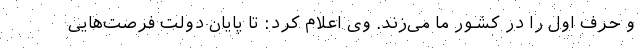
و حرف اول را در کشور ما می‌زند. وی اعلام کرد: تا پایان دولت فرصت‌هایی